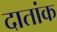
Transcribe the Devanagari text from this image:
दातांक